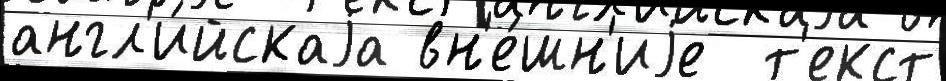
англ'и́йскаjа вн'е́шн'иjе  т'екст